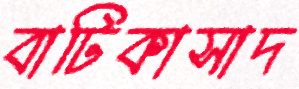
বাটিকাসাদ